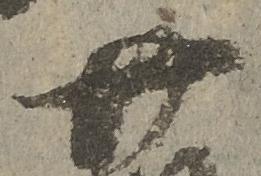
廿